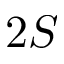
2 S